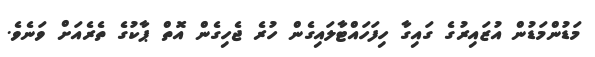
މަޑުންމަޑުން އުޒައިރުގެ ގައިގާ ހިފަހައްޓާލައިގެން ހުރެ ޖެހިގެން އޮތް ޕާކުގެ ތެރެއަށް ވަނެވެ.